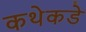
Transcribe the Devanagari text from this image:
कथेकडे